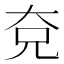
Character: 𭀢